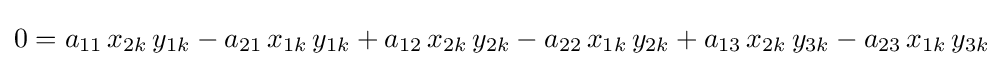
0=a_{11}\,x_{2k}\,y_{1k}-a_{21}\,x_{1k}\,y_{1k}+a_{12}\,x_{2k}\,y_{2k}-a_{22}\,x_{1k}\,y_{2k}+a_{13}\,x_{2k}\,y_{3k}-a_{23}\,x_{1k}\,y_{3k}